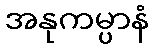
အနုကမ္ပာနံ